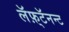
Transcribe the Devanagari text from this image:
लॅफ़्टॅनन्ट